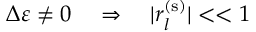
\Delta \varepsilon \neq 0 \quad \Rightarrow \quad \lvert r _ { l } ^ { ( \mathrm { s } ) } \rvert < < 1